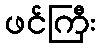
ဖင်ကြီး